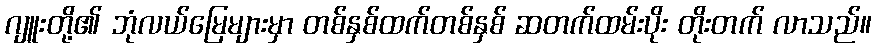
ဂျူးတို့၏ ဘုံလယ်မြေများမှာ တစ်နှစ်ထက်တစ်နှစ် ဆတက်ထမ်းပိုး တိုးတက် လာသည်။